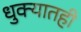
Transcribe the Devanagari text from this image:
धुक्यातही